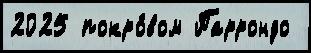
2025 покро́вом Паррондо